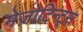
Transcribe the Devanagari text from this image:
मेज़ोटिन्ट्स